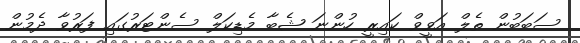
ސަބަބުން ތެލް އަވީވް ކައިރީ ހުންނަ ޝެބާ މެޑިކަލް ސެންޓަރުގައި ފަރުވާ ދެމުން